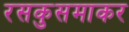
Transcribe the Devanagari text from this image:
रसकुसमाकर